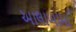
આલાબામા